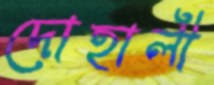
দোহালী